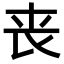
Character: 丧